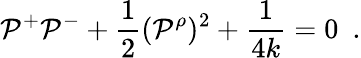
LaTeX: \mathcal{P}^{+}\mathcal{P}^{-}+\frac{{1}}{{2}}(\mathcal{P}^{\rho})^{2}+\frac{{1}}{{4k}}=0~~.